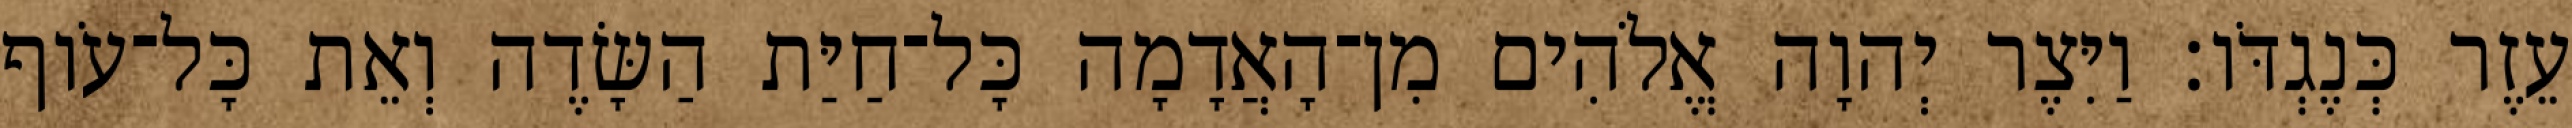
עֵזֶר כְּנֶגְדֹּו׃ וַיִּצֶר יְהוָה אֱלֹהִים מִן־הָאֲדָמָה כָּל־חַיַּת הַשָּׂדֶה וְאֵת כָּל־עֹוף